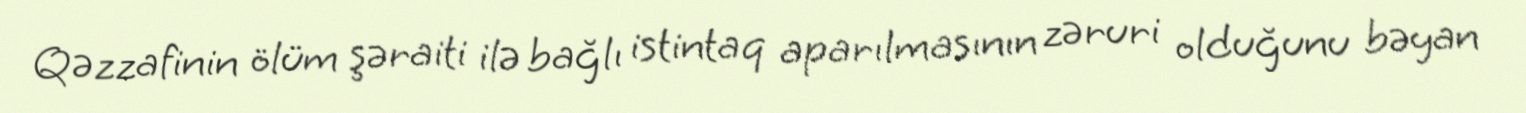
Qəzzafinin ölüm şəraiti ilə bağlı istintaq aparılmasının zəruri olduğunu bəyan